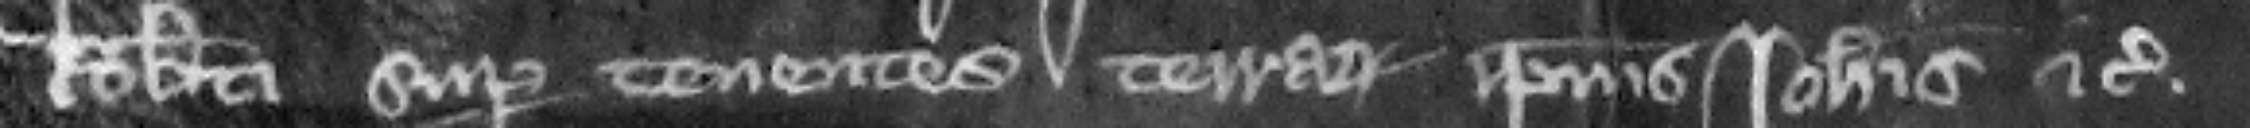
Roberti super tenentes terras ipsius Iohannis etc.